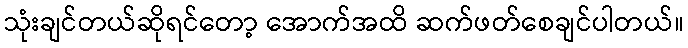
သုံးချင်တယ်ဆိုရင်တော့ အောက်အထိ ဆက်ဖတ်စေချင်ပါတယ်။